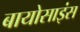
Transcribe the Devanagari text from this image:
बायोसाइंस